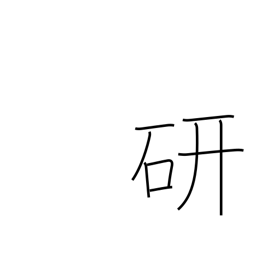
Meaning: study of